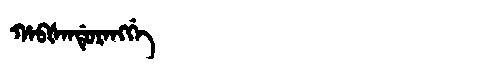
Manchu: ᡥᠠᠪᡧᠠᠨᡩᡠᡵᠠᠩᡤᡝ
Romanization: HABŠANDURANGGE